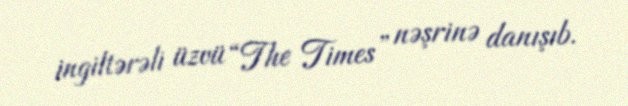
ingiltərəli üzvü “The Times” nəşrinə danışıb.